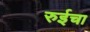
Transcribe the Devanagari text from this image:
रुईचा